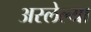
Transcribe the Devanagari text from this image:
अस्लेल्या